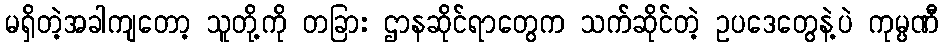
မရှိတဲ့အခါကျတော့ သူတို့ကို တခြား ဌာနဆိုင်ရာတွေက သက်ဆိုင်တဲ့ ဥပဒေတွေနဲ့ပဲ ကုမ္ပဏီ